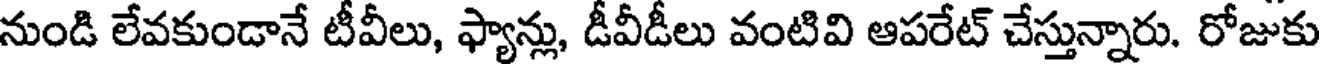
నుండి లేవకుండానే టీవీలు, ఫ్యాన్లు, డీవీడీలు వంటివి ఆపరేట్ చేస్తున్నారు. రోజుకు